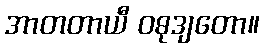
အာတတာယီ ဝဓုဒျတော။